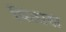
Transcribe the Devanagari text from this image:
पिठास